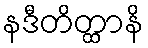
နဒီတိတ္ထာနိ